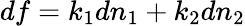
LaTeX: df=k_{1}dn_{1}+k_{2}dn_{2}